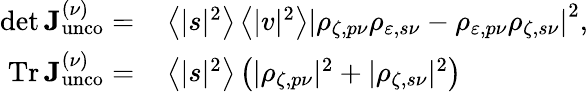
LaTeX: \begin{array}{rl}{\operatorname*{det}\mathop{\mathbf{J}_{\mathrm{unco}}^{(\nu)}}=}&{{}\left\langle|s|^{2}\right\rangle\left\langle|v|^{2}\right\rangle\left|\rho_{\zeta,p\nu}\rho_{\varepsilon,s\nu}-\rho_{\varepsilon,p\nu}\rho_{\zeta,s\nu}\right|^{2},}\\ {\mathrm{Tr}\mathop{\mathbf{J}_{\mathrm{unco}}^{(\nu)}}=}&{{}\left\langle|s|^{2}\right\rangle\left(|\rho_{\zeta,p\nu}|^{2}+|\rho_{\zeta,s\nu}|^{2}\right)}\end{array}